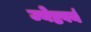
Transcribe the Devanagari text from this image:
ज्येष्ठवर्य